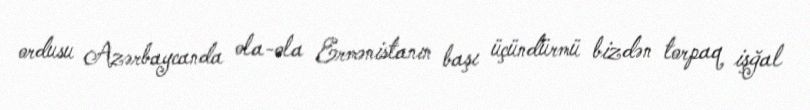
ordusu Azərbaycanda ola-ola Ermənistanın başı üçündürmü bizdən torpaq işğal